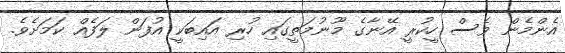
އެންމެން ވެސް ހީކުރީ އޭނާގެ މޫނުމަތީގައި ހުރި އައިބަކީ އުފަން ލަފެއް ކަމަށެވެ.